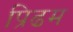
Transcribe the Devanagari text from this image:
प्रिढम